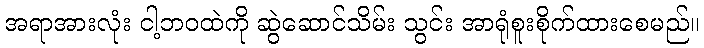
အရာအားလုံး ငါ့ဘဝထဲကို ဆွဲဆောင်သိမ်း သွင်း အာရုံစူးစိုက်ထားစေမည်။